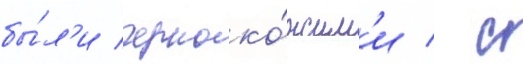
бы́л'и черноко́жим'и / с